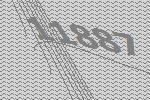
11887